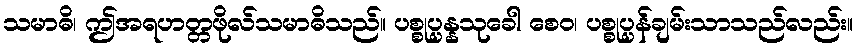
သမာဓိ၊ ဤအရဟတ္တဖိုလ်သမာဓိသည်။ ပစ္စုပ္ပန္နသုခေါ စေဝ၊ ပစ္စုပ္ပန်ချမ်းသာသည်လည်း။